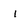
Character: i